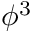
\phi ^ { 3 }